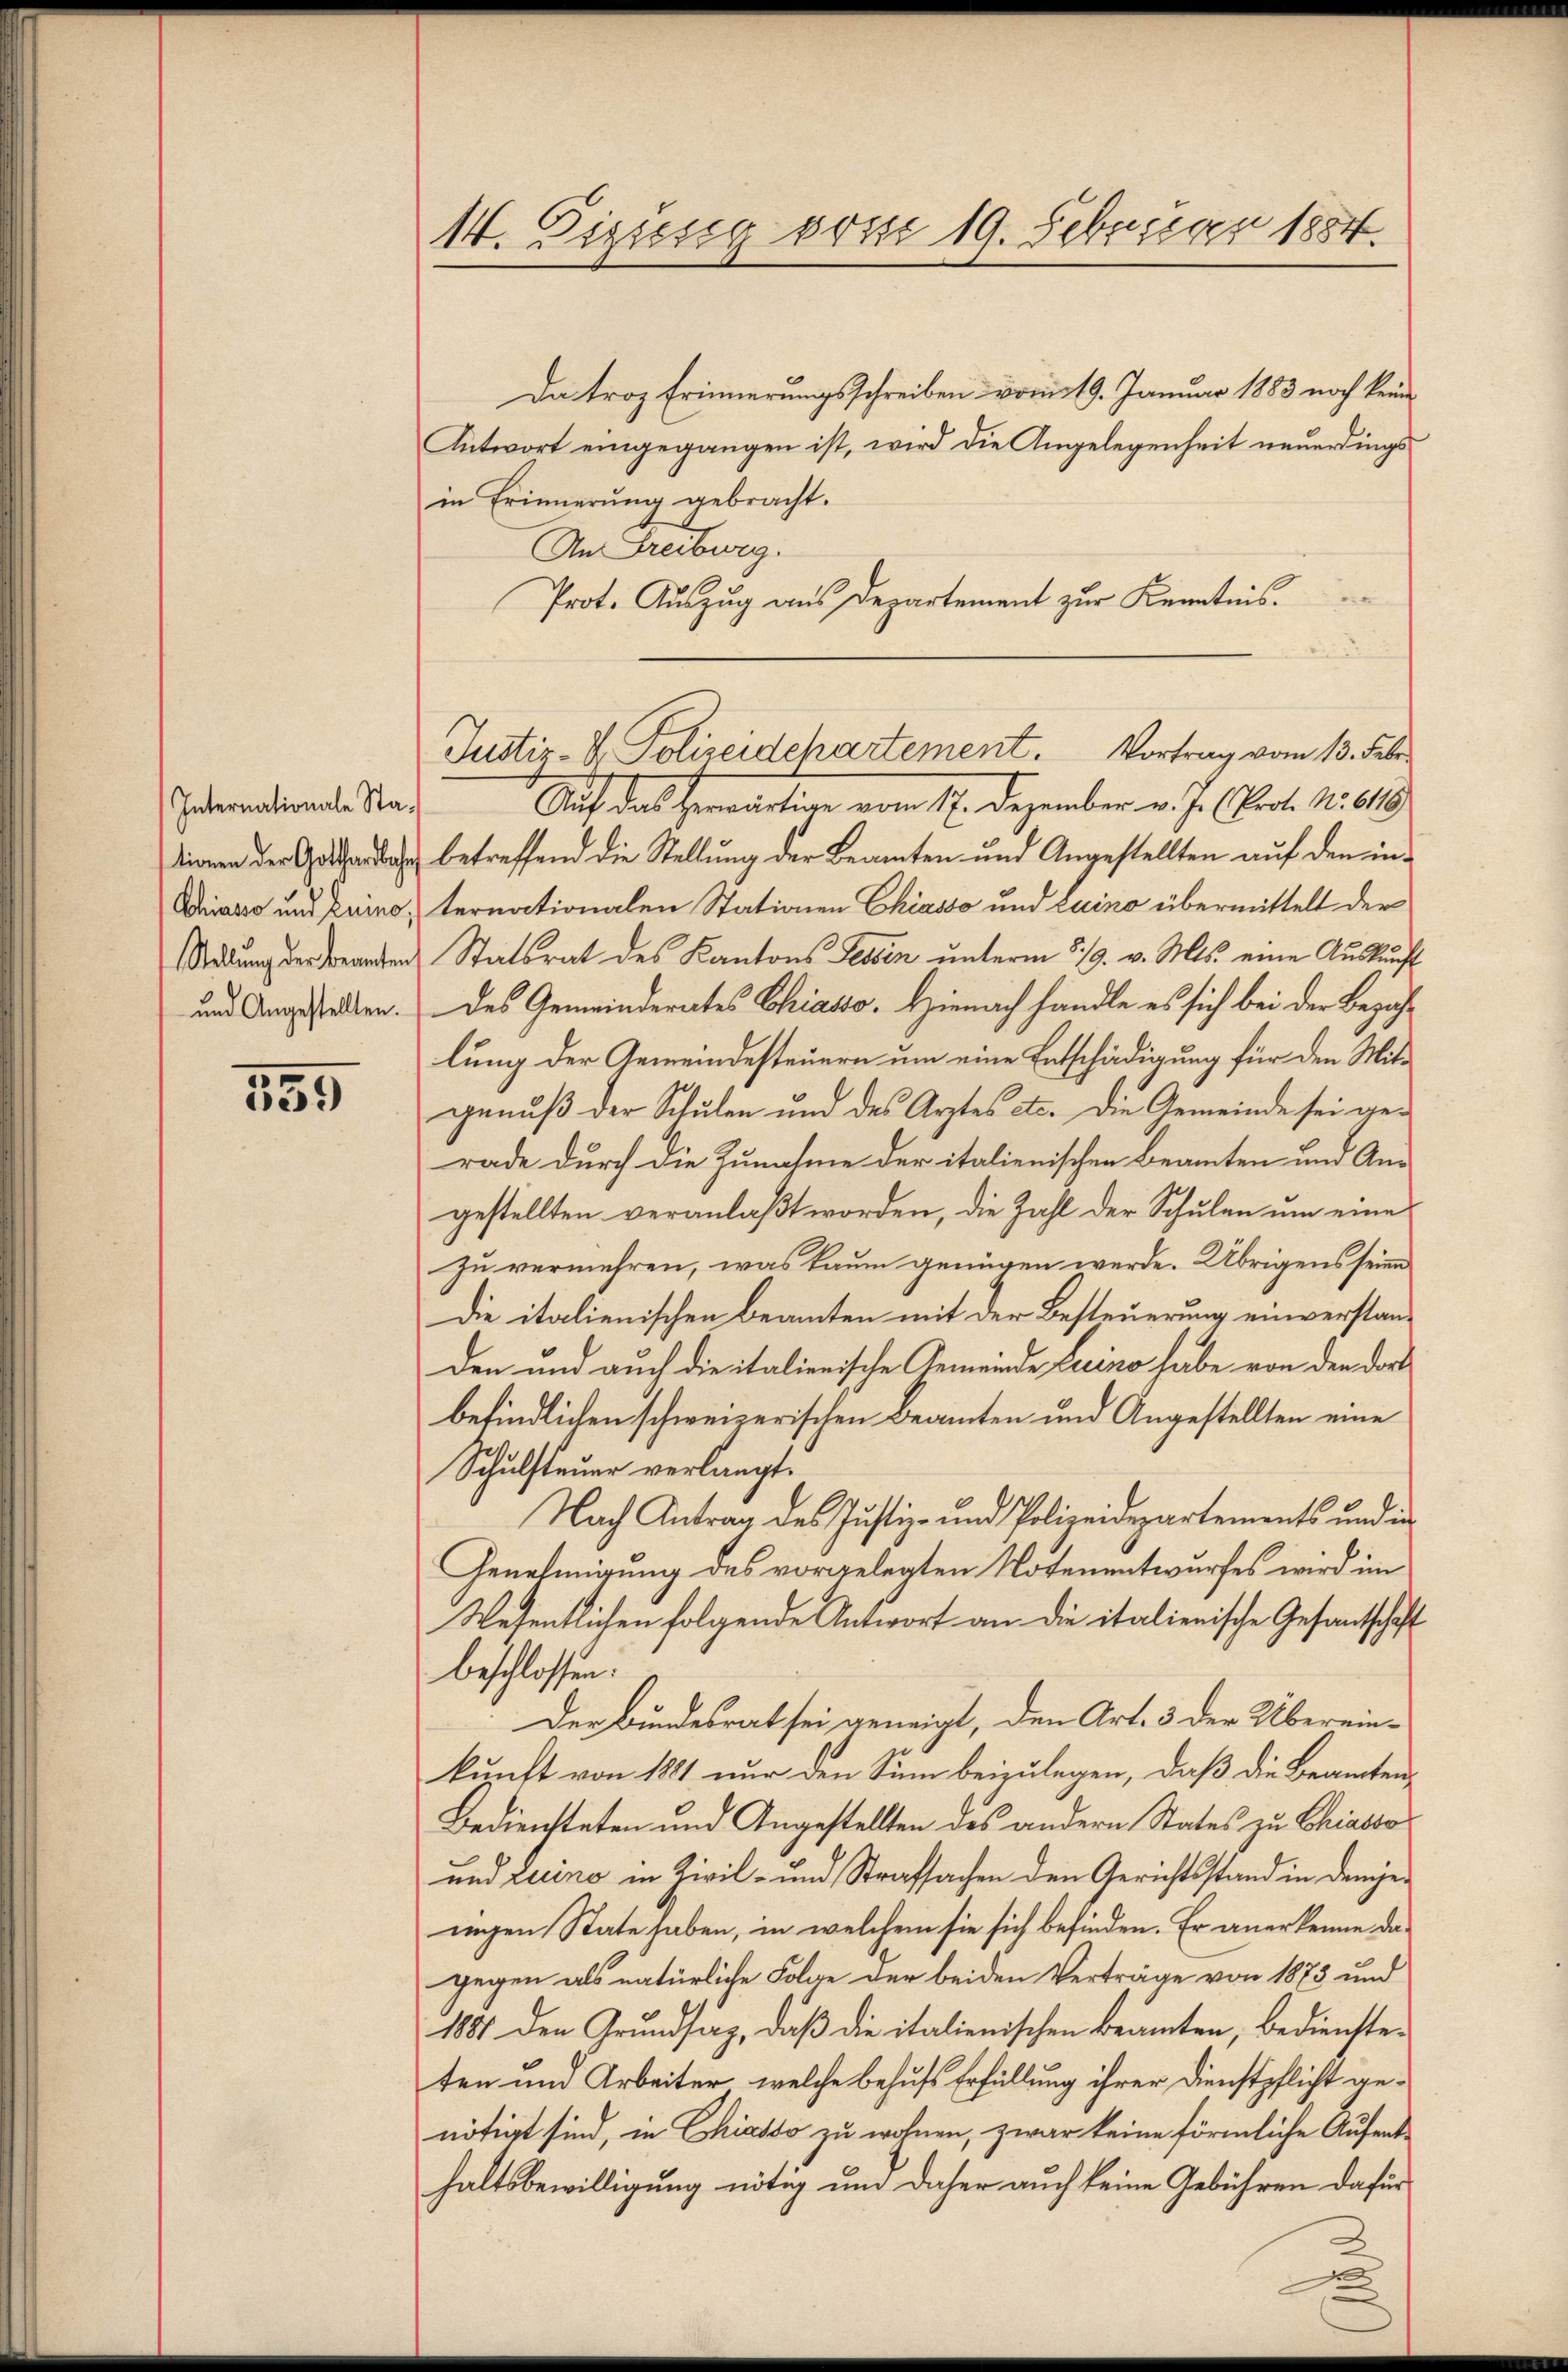
Internationale Sta-
Chiario und Luino,
und Angestellten.

559

14. Gizisig vom 19. Februar 1884.

Da troz Erinnerungsschreiben vom 19. Januar 1883 noch keine
Antwort eingegangen ist, wird die Angelegenheit neuerdings
in Erinnerung gebracht.
An Freiburg.
Prot. Auszug aus Departement zur Kenntnis.
Ach das herwärtige vom 17. Dezember v. J. Prot. N. 618
 betreffend die Stellung der Beamten und Angestellten auf den internationalen Stationen Chiasso und Luino übermittelt der
Addlung der Beamten Staatsrat des Kantons Tessin unterm 519. v. Mts. eine Auskunft
des Gemeinderates Chiasso. Hienach handle es sich bei der Bezahlung der Gemeindesteuern um eine Entschädigung für den Mitgenuß der Schulen und des Arztes etc. Die Gemeinde sei gerade durch die Zunahme der italienischen Beamten und Angestellten veranlaßt worden, die Zahl der Schulen um eine
zu vermehren, was kaum genügen werde. Übrigens seinen
Die italienischen Beamten mit der Besteuerung einverstanden und auch die italienische Gemeinde Luino habe von den dort
befindlichen schweizerischen Beamten und Angestellten eine
Schulsteuer verlangt.
Nach Antrag des Justiz- und Polizeidepartements und in
Genehmigung des vorgelegten Notenentwurfes wird im
Wesentlichen folgende Antwort an die italienische Gesandschaft
beschlossen:
Der Bundesrat sei geneigt, den Art. 3 der Übereinkunft von 1811 nur den Sinn beizulegen, daß die Beamten
Bediensteten und Angestellten des andern States zu Chiasso
und Luino in Zivil- und Strafsachen den Gerichtsstand in demjeungen State haben, in welchem sie sich befinden. Er anerkenne dagegen als natürliche Folge der beiden Verträge von 1873 und
1881 den Grundsaz, daß die italienischen Beamten, bediensteten und Arbeiter, welche behufs Erfüllung ihrer Dienstpflicht genötigt sind, in Chiasso zu wohnen, zwar keine förmliche Aufenthaltsbewilligung nötig um daher auch keine Gebühren dafür

Justiz-V. Polizeidchartement. Vortrag vom 13. Febr.